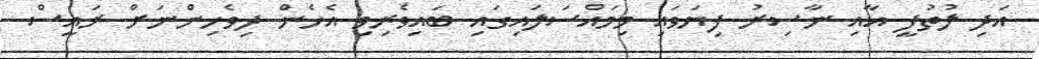
އަދި ލުތުފީ އާއި ނާސިރު ފިޔަވައި މިމައްސަލައިގައި ބައިވެރިވި އެހެން ދިވެހިންނަށް ރައީސް